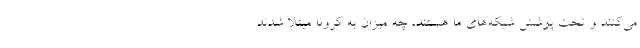
می‌کنند و تحت پوشش شبکه‌های ما هستند، چه میزان به کرونا مبتلا شدند